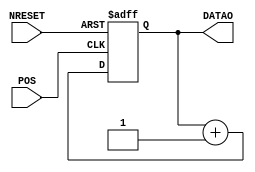

module GEN8BITDATA (
    input  wire       NRESET ,
    input  wire       POS    ,
    output wire [7:0] DATAO
);

    reg [7:0] data = 0;
    assign DATAO = data;
    always @(posedge POS, negedge NRESET) begin
        if (!NRESET) begin
            data = 0;
        end else begin
            data = data + 1'b1;
        end
    end

endmodule